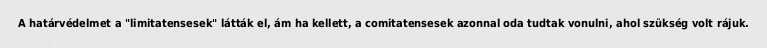
A határvédelmet a "limitatensesek" látták el, ám ha kellett, a comitatensesek azonnal oda tudtak vonulni, ahol szükség volt rájuk.